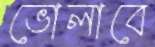
ভোলাবে